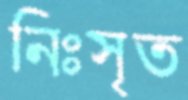
নিঃসৃত